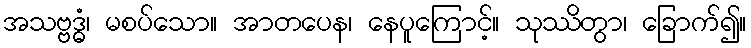
အသဗ္ဗဒ္ဓံ၊ မစပ်သော။ အာတပေန၊ နေပူကြောင့်။ သုဿိတွာ၊ ခြောက်၍။